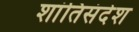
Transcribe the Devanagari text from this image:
शांतिसंदेश